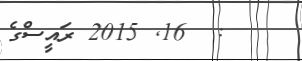
:  16